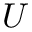
U